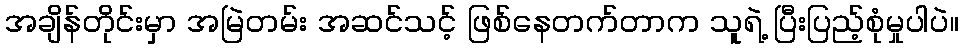
အချိန်တိုင်းမှာ အမြဲတမ်း အဆင်သင့် ဖြစ်နေတက်တာက သူရဲ့ ပြီးပြည့်စုံမှုပါပဲ။